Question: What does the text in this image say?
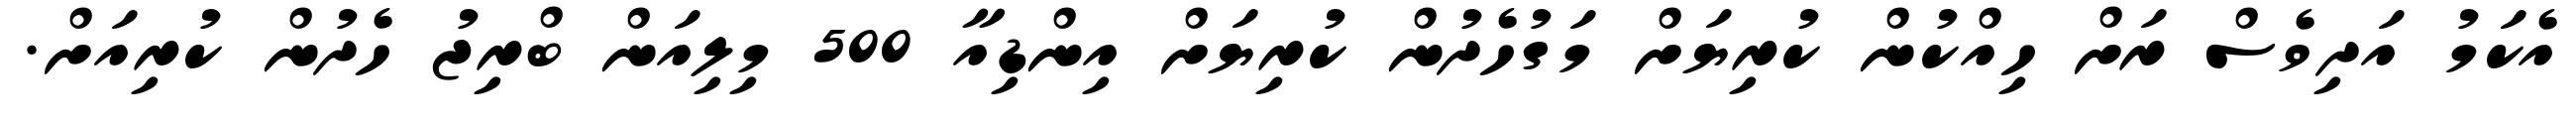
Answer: އެކަމު އަދިވެސް ރަށް ހިއްކުން ކުރިޔަށް މަގުހެދުން ކުރިޔަށް އިންޑިއާ 500 މިލިއަން ބްރިޖު ހެދުން ކުރިއަށް.